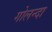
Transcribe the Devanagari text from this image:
गोलन्दा